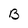
Character: B